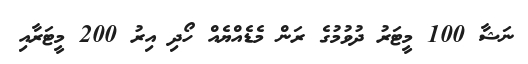
ނަޝާ 100 މީޓަރު ދުވުމުގެ ރަން މެޑެއްޔެއް ހޯދި އިރު 200 މީޓަރާއި